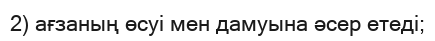
2) ағзаның өсуі мен дамуына әсер етеді;